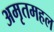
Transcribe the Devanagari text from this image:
अमृतमहल